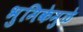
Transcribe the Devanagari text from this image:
भुमिकेमुळे